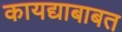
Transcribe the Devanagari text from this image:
कायद्याबाबत